Scottish Leaving Certificate Examination, 1955
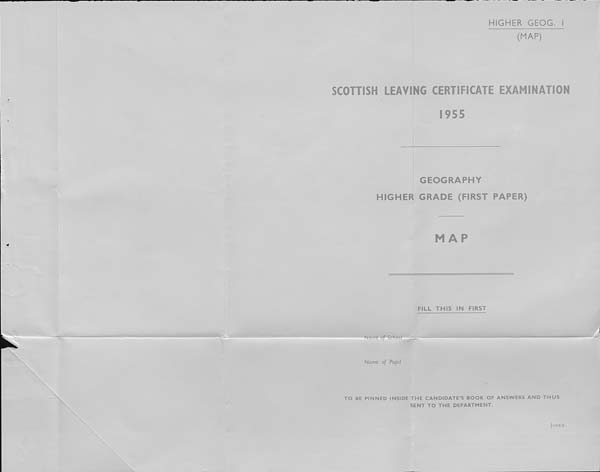
HIGHER GEOG. I
(MAP)
SCOHISH LEAVING CERTIFICATE EXAMINATION
1955
GEOGRAPHY
HIGHER GRADE (FIRST PAPER)
7
MAP
FILL THIS IN FIRST
Name
Name of Pupil
mB
TO BE PINNED INSIDE THE CANDIDATE’S BOOK OF ANSWERS AND THUS
SENT TO THE DEPARTMENT.
[OVER